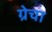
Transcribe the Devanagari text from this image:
ग्रेचा